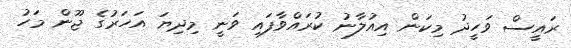
ރައީސް ވަހީދު މިކަން އިއުލާނު ކުރައްވާފައި ވަނީ މިދިޔަ އަހަރުގެ ޖޫން މަހު